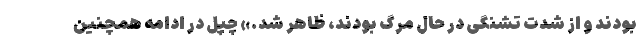
بودند و از شدت تشنگی در حال مرگ بودند، ظاهر شد.» چپل در ادامه همچنین